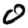
Digit: 0